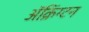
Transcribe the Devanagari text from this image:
ॲक्रिंग्टन